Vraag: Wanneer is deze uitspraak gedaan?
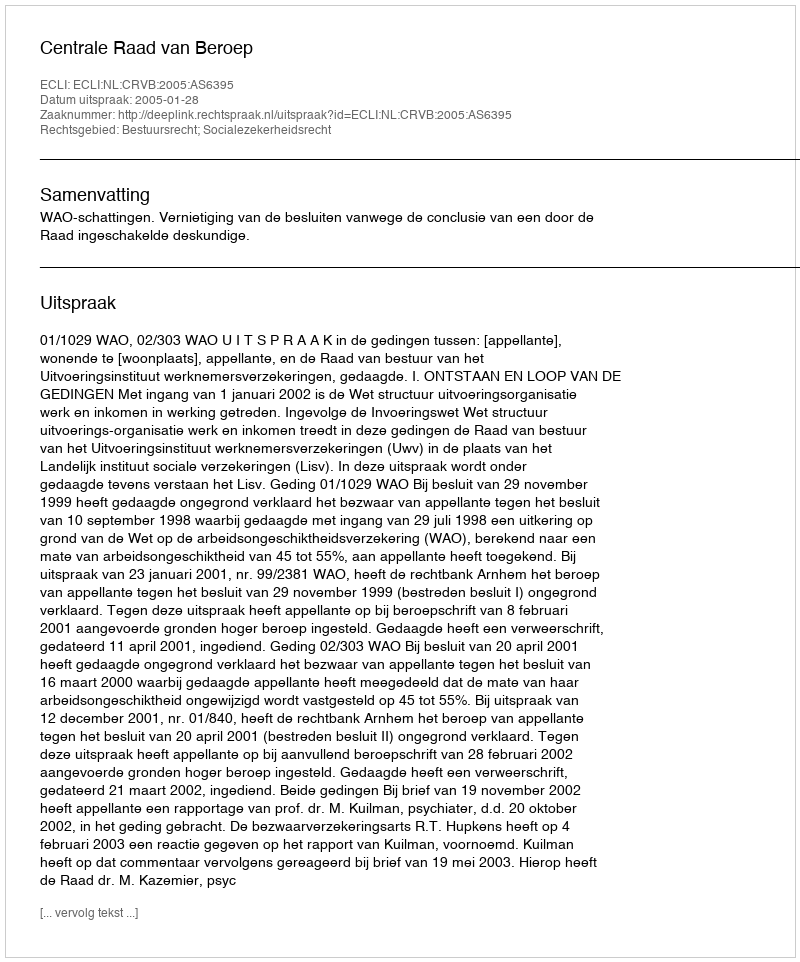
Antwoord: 2005-01-28